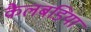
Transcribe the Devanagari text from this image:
कैलबडिया